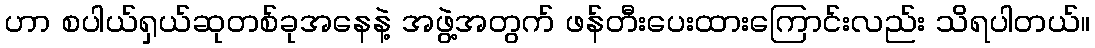
ဟာ စပါယ်ရှယ်ဆုတစ်ခုအနေနဲ့ အဖွဲ့အတွက် ဖန်တီးပေးထားကြောင်းလည်း သိရပါတယ်။